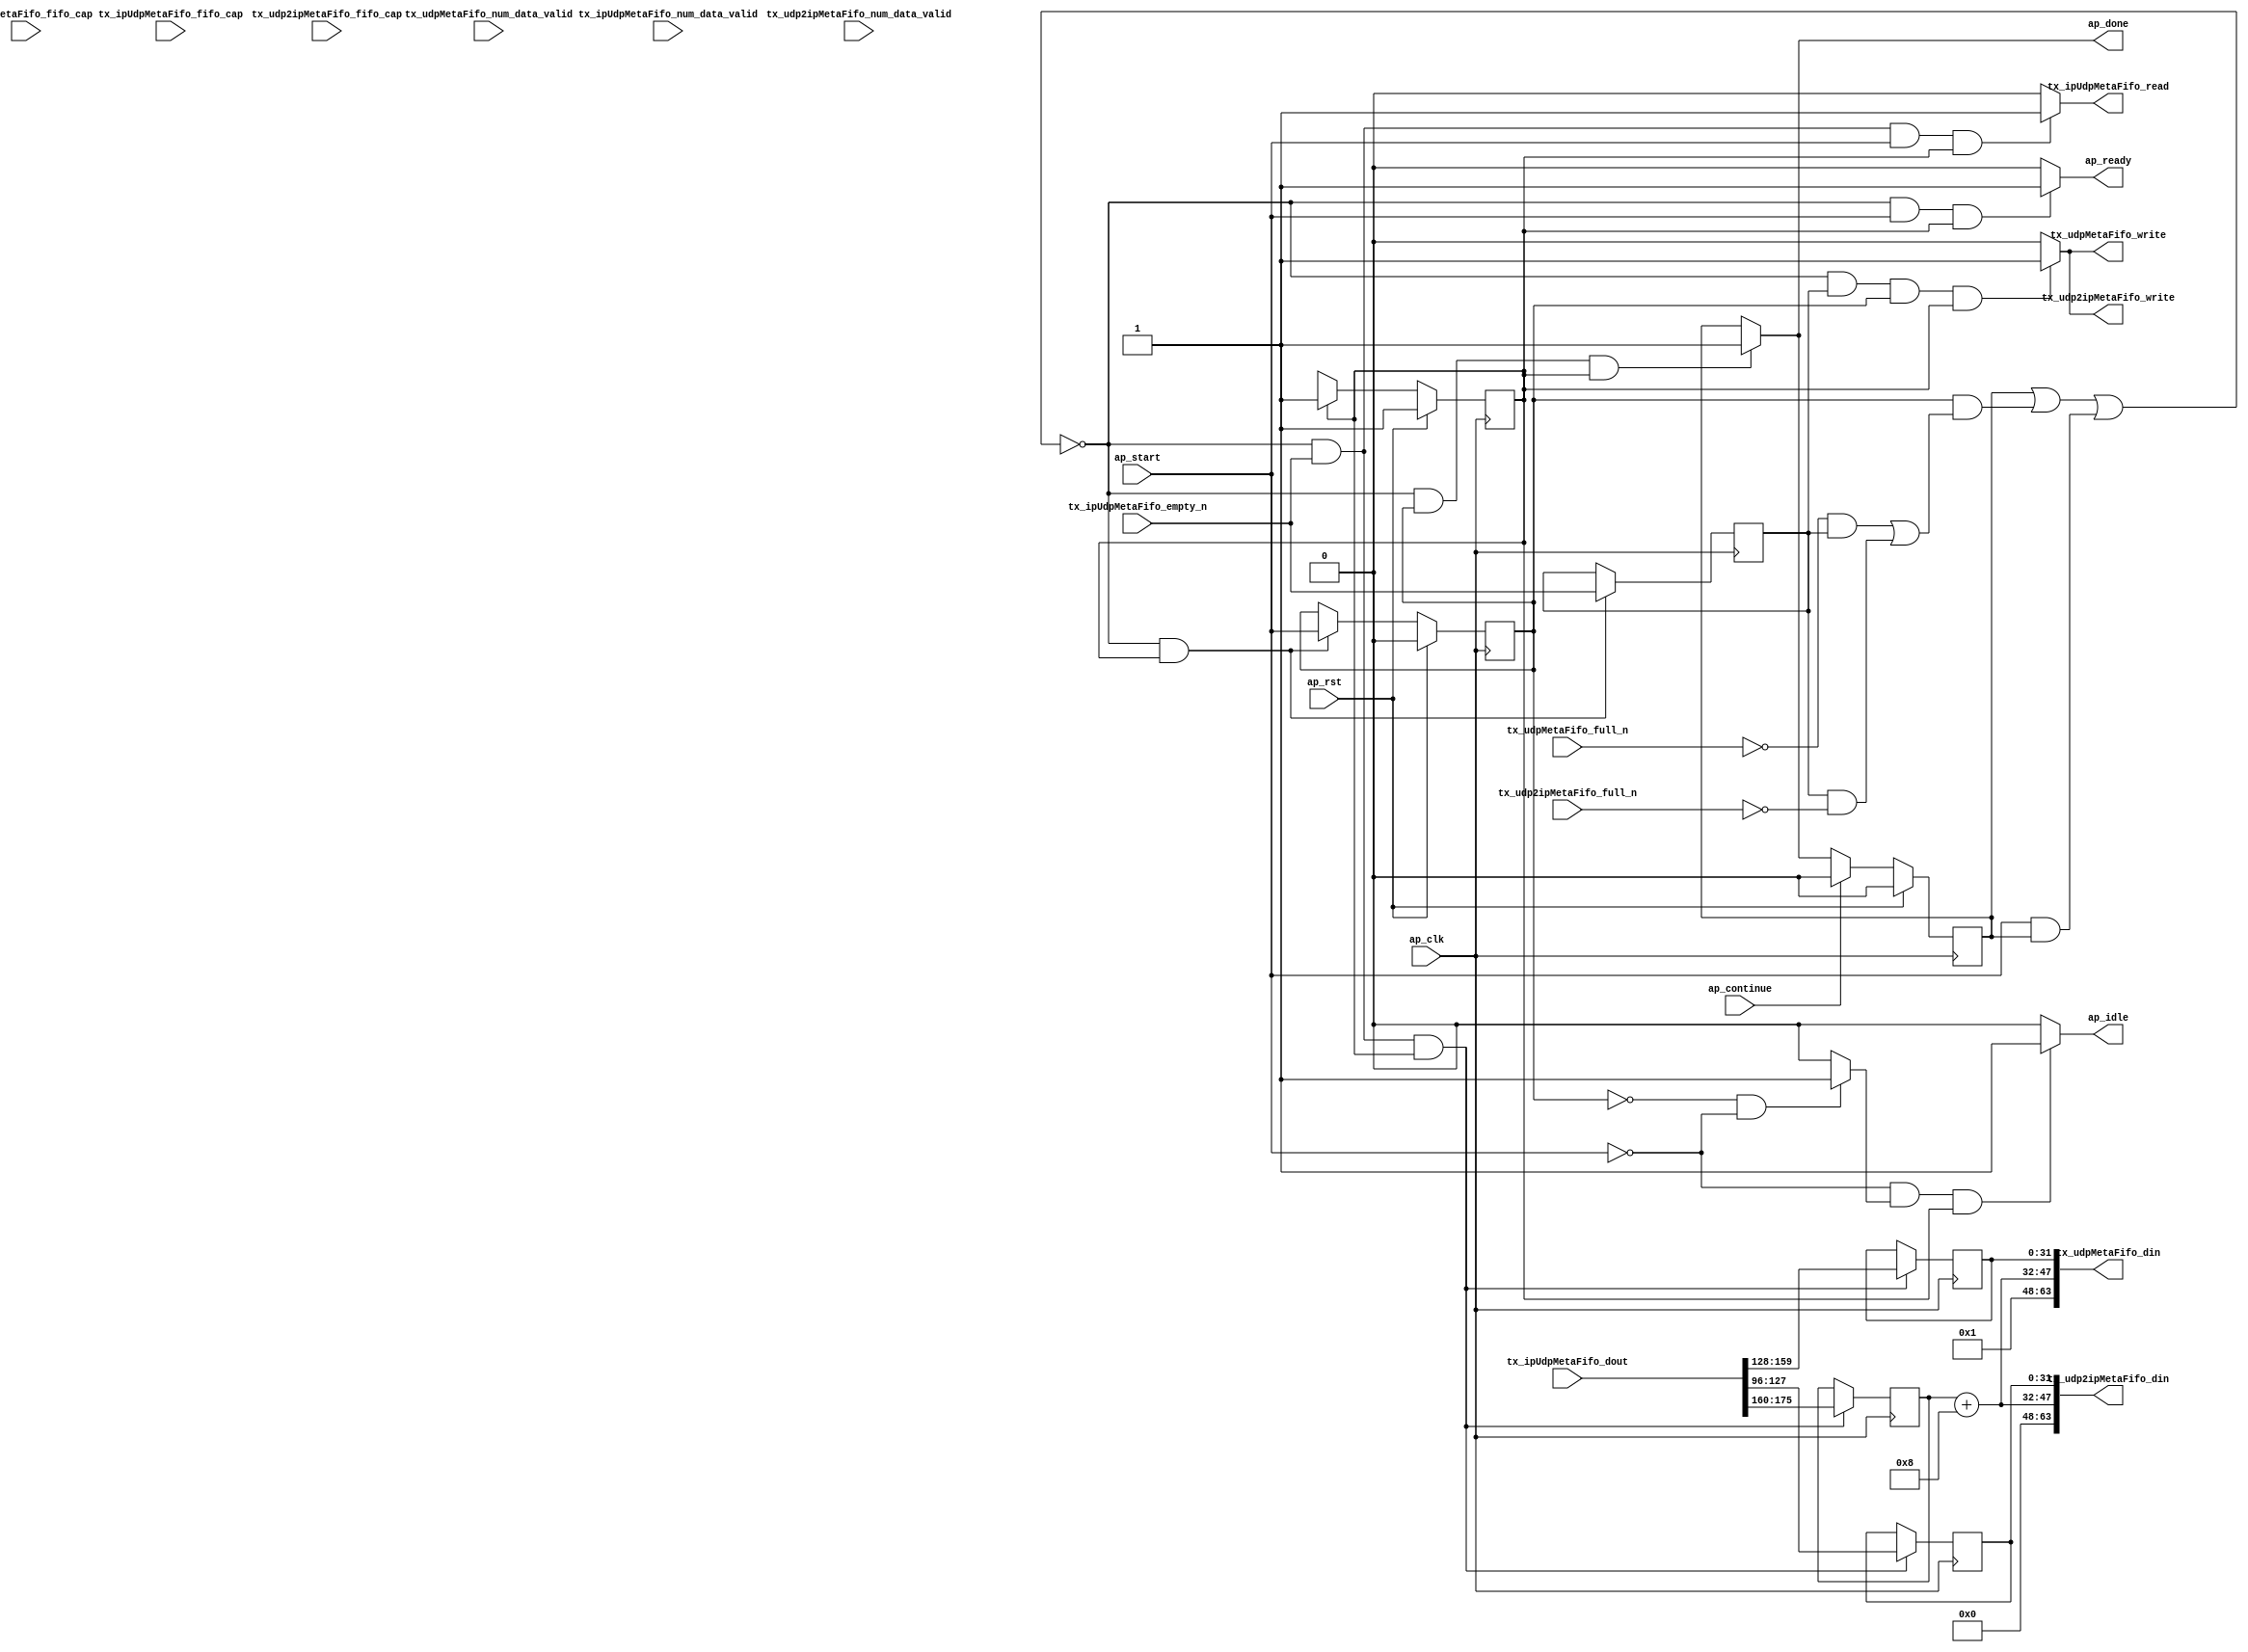
// ==============================================================
// RTL generated by Vitis HLS - High-Level Synthesis from C, C++ and OpenCL v2022.2 (64-bit)
// Version: 2022.2
// Copyright (C) Copyright 1986-2022 Xilinx, Inc. All Rights Reserved.
// 
// ===========================================================

`timescale 1 ns / 1 ps 

module rocev2_top_split_tx_meta (
        ap_clk,
        ap_rst,
        ap_start,
        ap_done,
        ap_continue,
        ap_idle,
        ap_ready,
        tx_ipUdpMetaFifo_dout,
        tx_ipUdpMetaFifo_num_data_valid,
        tx_ipUdpMetaFifo_fifo_cap,
        tx_ipUdpMetaFifo_empty_n,
        tx_ipUdpMetaFifo_read,
        tx_udp2ipMetaFifo_din,
        tx_udp2ipMetaFifo_num_data_valid,
        tx_udp2ipMetaFifo_fifo_cap,
        tx_udp2ipMetaFifo_full_n,
        tx_udp2ipMetaFifo_write,
        tx_udpMetaFifo_din,
        tx_udpMetaFifo_num_data_valid,
        tx_udpMetaFifo_fifo_cap,
        tx_udpMetaFifo_full_n,
        tx_udpMetaFifo_write
);

parameter    ap_ST_fsm_pp0_stage0 = 1'd1;

input   ap_clk;
input   ap_rst;
input   ap_start;
output   ap_done;
input   ap_continue;
output   ap_idle;
output   ap_ready;
input  [255:0] tx_ipUdpMetaFifo_dout;
input  [1:0] tx_ipUdpMetaFifo_num_data_valid;
input  [1:0] tx_ipUdpMetaFifo_fifo_cap;
input   tx_ipUdpMetaFifo_empty_n;
output   tx_ipUdpMetaFifo_read;
output  [63:0] tx_udp2ipMetaFifo_din;
input  [1:0] tx_udp2ipMetaFifo_num_data_valid;
input  [1:0] tx_udp2ipMetaFifo_fifo_cap;
input   tx_udp2ipMetaFifo_full_n;
output   tx_udp2ipMetaFifo_write;
output  [63:0] tx_udpMetaFifo_din;
input  [1:0] tx_udpMetaFifo_num_data_valid;
input  [1:0] tx_udpMetaFifo_fifo_cap;
input   tx_udpMetaFifo_full_n;
output   tx_udpMetaFifo_write;

reg ap_done;
reg ap_idle;
reg ap_ready;
reg tx_ipUdpMetaFifo_read;
reg tx_udp2ipMetaFifo_write;
reg tx_udpMetaFifo_write;

(* fsm_encoding = "none" *) reg   [0:0] ap_CS_fsm;
wire    ap_CS_fsm_pp0_stage0;
wire    ap_enable_reg_pp0_iter0;
reg    ap_enable_reg_pp0_iter1;
reg    ap_idle_pp0;
wire   [0:0] tmp_i_nbreadreq_fu_50_p3;
reg    ap_done_reg;
reg    ap_block_state1_pp0_stage0_iter0;
reg   [0:0] tmp_i_reg_139;
reg    ap_block_state2_pp0_stage0_iter1;
reg    ap_block_pp0_stage0_subdone;
reg    tx_ipUdpMetaFifo_blk_n;
wire    ap_block_pp0_stage0;
reg    tx_udp2ipMetaFifo_blk_n;
reg    tx_udpMetaFifo_blk_n;
reg    ap_block_pp0_stage0_11001;
reg   [15:0] meta_length_V_1_reg_143;
reg   [31:0] tmp_i_174_reg_148;
reg   [31:0] tmp_30_i_reg_153;
reg    ap_block_pp0_stage0_01001;
wire   [15:0] tempLen_V_fu_108_p2;
wire   [47:0] tmp_29_i_fu_113_p3;
wire   [48:0] zext_ln173_cast_fu_125_p4;
reg   [0:0] ap_NS_fsm;
reg    ap_idle_pp0_0to0;
reg    ap_reset_idle_pp0;
wire    ap_enable_pp0;
wire    ap_ce_reg;

// power-on initialization
initial begin
#0 ap_CS_fsm = 1'd1;
#0 ap_enable_reg_pp0_iter1 = 1'b0;
#0 ap_done_reg = 1'b0;
end

always @ (posedge ap_clk) begin
    if (ap_rst == 1'b1) begin
        ap_CS_fsm <= ap_ST_fsm_pp0_stage0;
    end else begin
        ap_CS_fsm <= ap_NS_fsm;
    end
end

always @ (posedge ap_clk) begin
    if (ap_rst == 1'b1) begin
        ap_done_reg <= 1'b0;
    end else begin
        if ((ap_continue == 1'b1)) begin
            ap_done_reg <= 1'b0;
        end else if (((1'b0 == ap_block_pp0_stage0_subdone) & (ap_enable_reg_pp0_iter1 == 1'b1) & (1'b1 == ap_CS_fsm_pp0_stage0))) begin
            ap_done_reg <= 1'b1;
        end
    end
end

always @ (posedge ap_clk) begin
    if (ap_rst == 1'b1) begin
        ap_enable_reg_pp0_iter1 <= 1'b0;
    end else begin
        if (((1'b0 == ap_block_pp0_stage0_subdone) & (1'b1 == ap_CS_fsm_pp0_stage0))) begin
            ap_enable_reg_pp0_iter1 <= ap_start;
        end
    end
end

always @ (posedge ap_clk) begin
    if (((1'b0 == ap_block_pp0_stage0_11001) & (tmp_i_nbreadreq_fu_50_p3 == 1'd1) & (1'b1 == ap_CS_fsm_pp0_stage0))) begin
        meta_length_V_1_reg_143 <= {{tx_ipUdpMetaFifo_dout[175:160]}};
        tmp_30_i_reg_153 <= {{tx_ipUdpMetaFifo_dout[159:128]}};
        tmp_i_174_reg_148 <= {{tx_ipUdpMetaFifo_dout[127:96]}};
    end
end

always @ (posedge ap_clk) begin
    if (((1'b0 == ap_block_pp0_stage0_11001) & (1'b1 == ap_CS_fsm_pp0_stage0))) begin
        tmp_i_reg_139 <= tmp_i_nbreadreq_fu_50_p3;
    end
end

always @ (*) begin
    if (((1'b0 == ap_block_pp0_stage0_subdone) & (ap_enable_reg_pp0_iter1 == 1'b1) & (1'b1 == ap_CS_fsm_pp0_stage0))) begin
        ap_done = 1'b1;
    end else begin
        ap_done = ap_done_reg;
    end
end

always @ (*) begin
    if (((ap_start == 1'b0) & (ap_idle_pp0 == 1'b1) & (1'b1 == ap_CS_fsm_pp0_stage0))) begin
        ap_idle = 1'b1;
    end else begin
        ap_idle = 1'b0;
    end
end

always @ (*) begin
    if (((ap_enable_reg_pp0_iter1 == 1'b0) & (ap_enable_reg_pp0_iter0 == 1'b0))) begin
        ap_idle_pp0 = 1'b1;
    end else begin
        ap_idle_pp0 = 1'b0;
    end
end

always @ (*) begin
    if ((ap_enable_reg_pp0_iter0 == 1'b0)) begin
        ap_idle_pp0_0to0 = 1'b1;
    end else begin
        ap_idle_pp0_0to0 = 1'b0;
    end
end

always @ (*) begin
    if (((1'b0 == ap_block_pp0_stage0_subdone) & (ap_start == 1'b1) & (1'b1 == ap_CS_fsm_pp0_stage0))) begin
        ap_ready = 1'b1;
    end else begin
        ap_ready = 1'b0;
    end
end

always @ (*) begin
    if (((ap_start == 1'b0) & (ap_idle_pp0_0to0 == 1'b1))) begin
        ap_reset_idle_pp0 = 1'b1;
    end else begin
        ap_reset_idle_pp0 = 1'b0;
    end
end

always @ (*) begin
    if (((1'b0 == ap_block_pp0_stage0) & (ap_done_reg == 1'b0) & (tmp_i_nbreadreq_fu_50_p3 == 1'd1) & (ap_start == 1'b1) & (1'b1 == ap_CS_fsm_pp0_stage0))) begin
        tx_ipUdpMetaFifo_blk_n = tx_ipUdpMetaFifo_empty_n;
    end else begin
        tx_ipUdpMetaFifo_blk_n = 1'b1;
    end
end

always @ (*) begin
    if (((1'b0 == ap_block_pp0_stage0_11001) & (tmp_i_nbreadreq_fu_50_p3 == 1'd1) & (ap_start == 1'b1) & (1'b1 == ap_CS_fsm_pp0_stage0))) begin
        tx_ipUdpMetaFifo_read = 1'b1;
    end else begin
        tx_ipUdpMetaFifo_read = 1'b0;
    end
end

always @ (*) begin
    if (((1'b0 == ap_block_pp0_stage0) & (tmp_i_reg_139 == 1'd1) & (ap_enable_reg_pp0_iter1 == 1'b1) & (1'b1 == ap_CS_fsm_pp0_stage0))) begin
        tx_udp2ipMetaFifo_blk_n = tx_udp2ipMetaFifo_full_n;
    end else begin
        tx_udp2ipMetaFifo_blk_n = 1'b1;
    end
end

always @ (*) begin
    if (((1'b0 == ap_block_pp0_stage0_11001) & (tmp_i_reg_139 == 1'd1) & (ap_enable_reg_pp0_iter1 == 1'b1) & (1'b1 == ap_CS_fsm_pp0_stage0))) begin
        tx_udp2ipMetaFifo_write = 1'b1;
    end else begin
        tx_udp2ipMetaFifo_write = 1'b0;
    end
end

always @ (*) begin
    if (((1'b0 == ap_block_pp0_stage0) & (tmp_i_reg_139 == 1'd1) & (ap_enable_reg_pp0_iter1 == 1'b1) & (1'b1 == ap_CS_fsm_pp0_stage0))) begin
        tx_udpMetaFifo_blk_n = tx_udpMetaFifo_full_n;
    end else begin
        tx_udpMetaFifo_blk_n = 1'b1;
    end
end

always @ (*) begin
    if (((1'b0 == ap_block_pp0_stage0_11001) & (tmp_i_reg_139 == 1'd1) & (ap_enable_reg_pp0_iter1 == 1'b1) & (1'b1 == ap_CS_fsm_pp0_stage0))) begin
        tx_udpMetaFifo_write = 1'b1;
    end else begin
        tx_udpMetaFifo_write = 1'b0;
    end
end

always @ (*) begin
    case (ap_CS_fsm)
        ap_ST_fsm_pp0_stage0 : begin
            ap_NS_fsm = ap_ST_fsm_pp0_stage0;
        end
        default : begin
            ap_NS_fsm = 'bx;
        end
    endcase
end

assign ap_CS_fsm_pp0_stage0 = ap_CS_fsm[32'd0];

assign ap_block_pp0_stage0 = ~(1'b1 == 1'b1);

always @ (*) begin
    ap_block_pp0_stage0_01001 = ((ap_done_reg == 1'b1) | ((ap_enable_reg_pp0_iter1 == 1'b1) & (((tx_udpMetaFifo_full_n == 1'b0) & (tmp_i_reg_139 == 1'd1)) | ((tmp_i_reg_139 == 1'd1) & (tx_udp2ipMetaFifo_full_n == 1'b0)))) | ((ap_start == 1'b1) & ((ap_done_reg == 1'b1) | ((tmp_i_nbreadreq_fu_50_p3 == 1'd1) & (tx_ipUdpMetaFifo_empty_n == 1'b0)))));
end

always @ (*) begin
    ap_block_pp0_stage0_11001 = ((ap_done_reg == 1'b1) | ((ap_enable_reg_pp0_iter1 == 1'b1) & (((tx_udpMetaFifo_full_n == 1'b0) & (tmp_i_reg_139 == 1'd1)) | ((tmp_i_reg_139 == 1'd1) & (tx_udp2ipMetaFifo_full_n == 1'b0)))) | ((ap_start == 1'b1) & ((ap_done_reg == 1'b1) | ((tmp_i_nbreadreq_fu_50_p3 == 1'd1) & (tx_ipUdpMetaFifo_empty_n == 1'b0)))));
end

always @ (*) begin
    ap_block_pp0_stage0_subdone = ((ap_done_reg == 1'b1) | ((ap_enable_reg_pp0_iter1 == 1'b1) & (((tx_udpMetaFifo_full_n == 1'b0) & (tmp_i_reg_139 == 1'd1)) | ((tmp_i_reg_139 == 1'd1) & (tx_udp2ipMetaFifo_full_n == 1'b0)))) | ((ap_start == 1'b1) & ((ap_done_reg == 1'b1) | ((tmp_i_nbreadreq_fu_50_p3 == 1'd1) & (tx_ipUdpMetaFifo_empty_n == 1'b0)))));
end

always @ (*) begin
    ap_block_state1_pp0_stage0_iter0 = ((ap_done_reg == 1'b1) | ((tmp_i_nbreadreq_fu_50_p3 == 1'd1) & (tx_ipUdpMetaFifo_empty_n == 1'b0)));
end

always @ (*) begin
    ap_block_state2_pp0_stage0_iter1 = (((tx_udpMetaFifo_full_n == 1'b0) & (tmp_i_reg_139 == 1'd1)) | ((tmp_i_reg_139 == 1'd1) & (tx_udp2ipMetaFifo_full_n == 1'b0)));
end

assign ap_enable_pp0 = (ap_idle_pp0 ^ 1'b1);

assign ap_enable_reg_pp0_iter0 = ap_start;

assign tempLen_V_fu_108_p2 = (meta_length_V_1_reg_143 + 16'd8);

assign tmp_29_i_fu_113_p3 = {{tempLen_V_fu_108_p2}, {tmp_i_174_reg_148}};

assign tmp_i_nbreadreq_fu_50_p3 = tx_ipUdpMetaFifo_empty_n;

assign tx_udp2ipMetaFifo_din = tmp_29_i_fu_113_p3;

assign tx_udpMetaFifo_din = zext_ln173_cast_fu_125_p4;

assign zext_ln173_cast_fu_125_p4 = {{{{1'd1}, {tempLen_V_fu_108_p2}}}, {tmp_30_i_reg_153}};

endmodule //rocev2_top_split_tx_meta